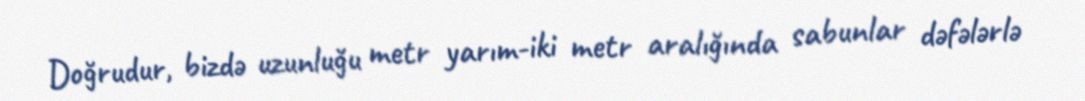
Doğrudur, bizdə uzunluğu metr yarım-iki metr aralığında sabunlar dəfələrlə